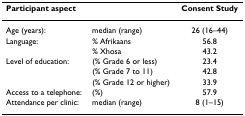
| Participant aspect |  | Consent Study |
 | --- | --- | --- |
 | Age (years): | median (range) | 26 (16–44) |
 | Language: | % Afrikaans | 56.8 |
 |  | % Xhosa | 43.2 |
 | Level of education: | (% Grade 6 or less) | 23.4 |
 |  | (% Grade 7 to 11) | 42.8 |
 |  | (% Grade 12 or higher) | 33.9 |
 | Access to a telephone: | (%) | 57.9 |
 | Attendance per clinic: | median (range) | 8 (1–15) |